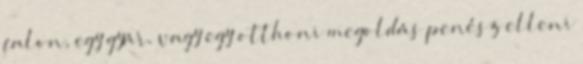
falon, egy gyár, vagy egy otthoni megoldás penész elleni